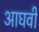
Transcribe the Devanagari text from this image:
आघवीं